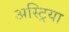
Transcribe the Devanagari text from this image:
अस्ट्रिया